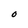
Character: O